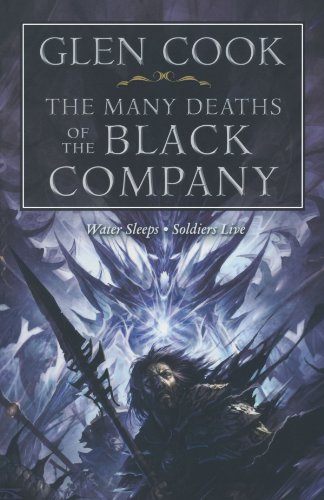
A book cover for The Many Deaths of the Black Company (Chronicles of The Black Company); Glen Cook; Science Fiction & Fantasy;